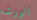
الورشة